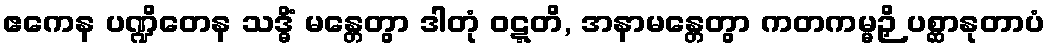
ဧကေန ပဏ္ဍိတေန သဒ္ဓိံ မန္တေတွာ ဒါတုံ ဝဋ္ဋတိ, အနာမန္တေတွာ ကတကမ္မဉှိ ပစ္ဆာနုတာပံ